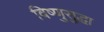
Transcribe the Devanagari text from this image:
विष्णुसुद्धा